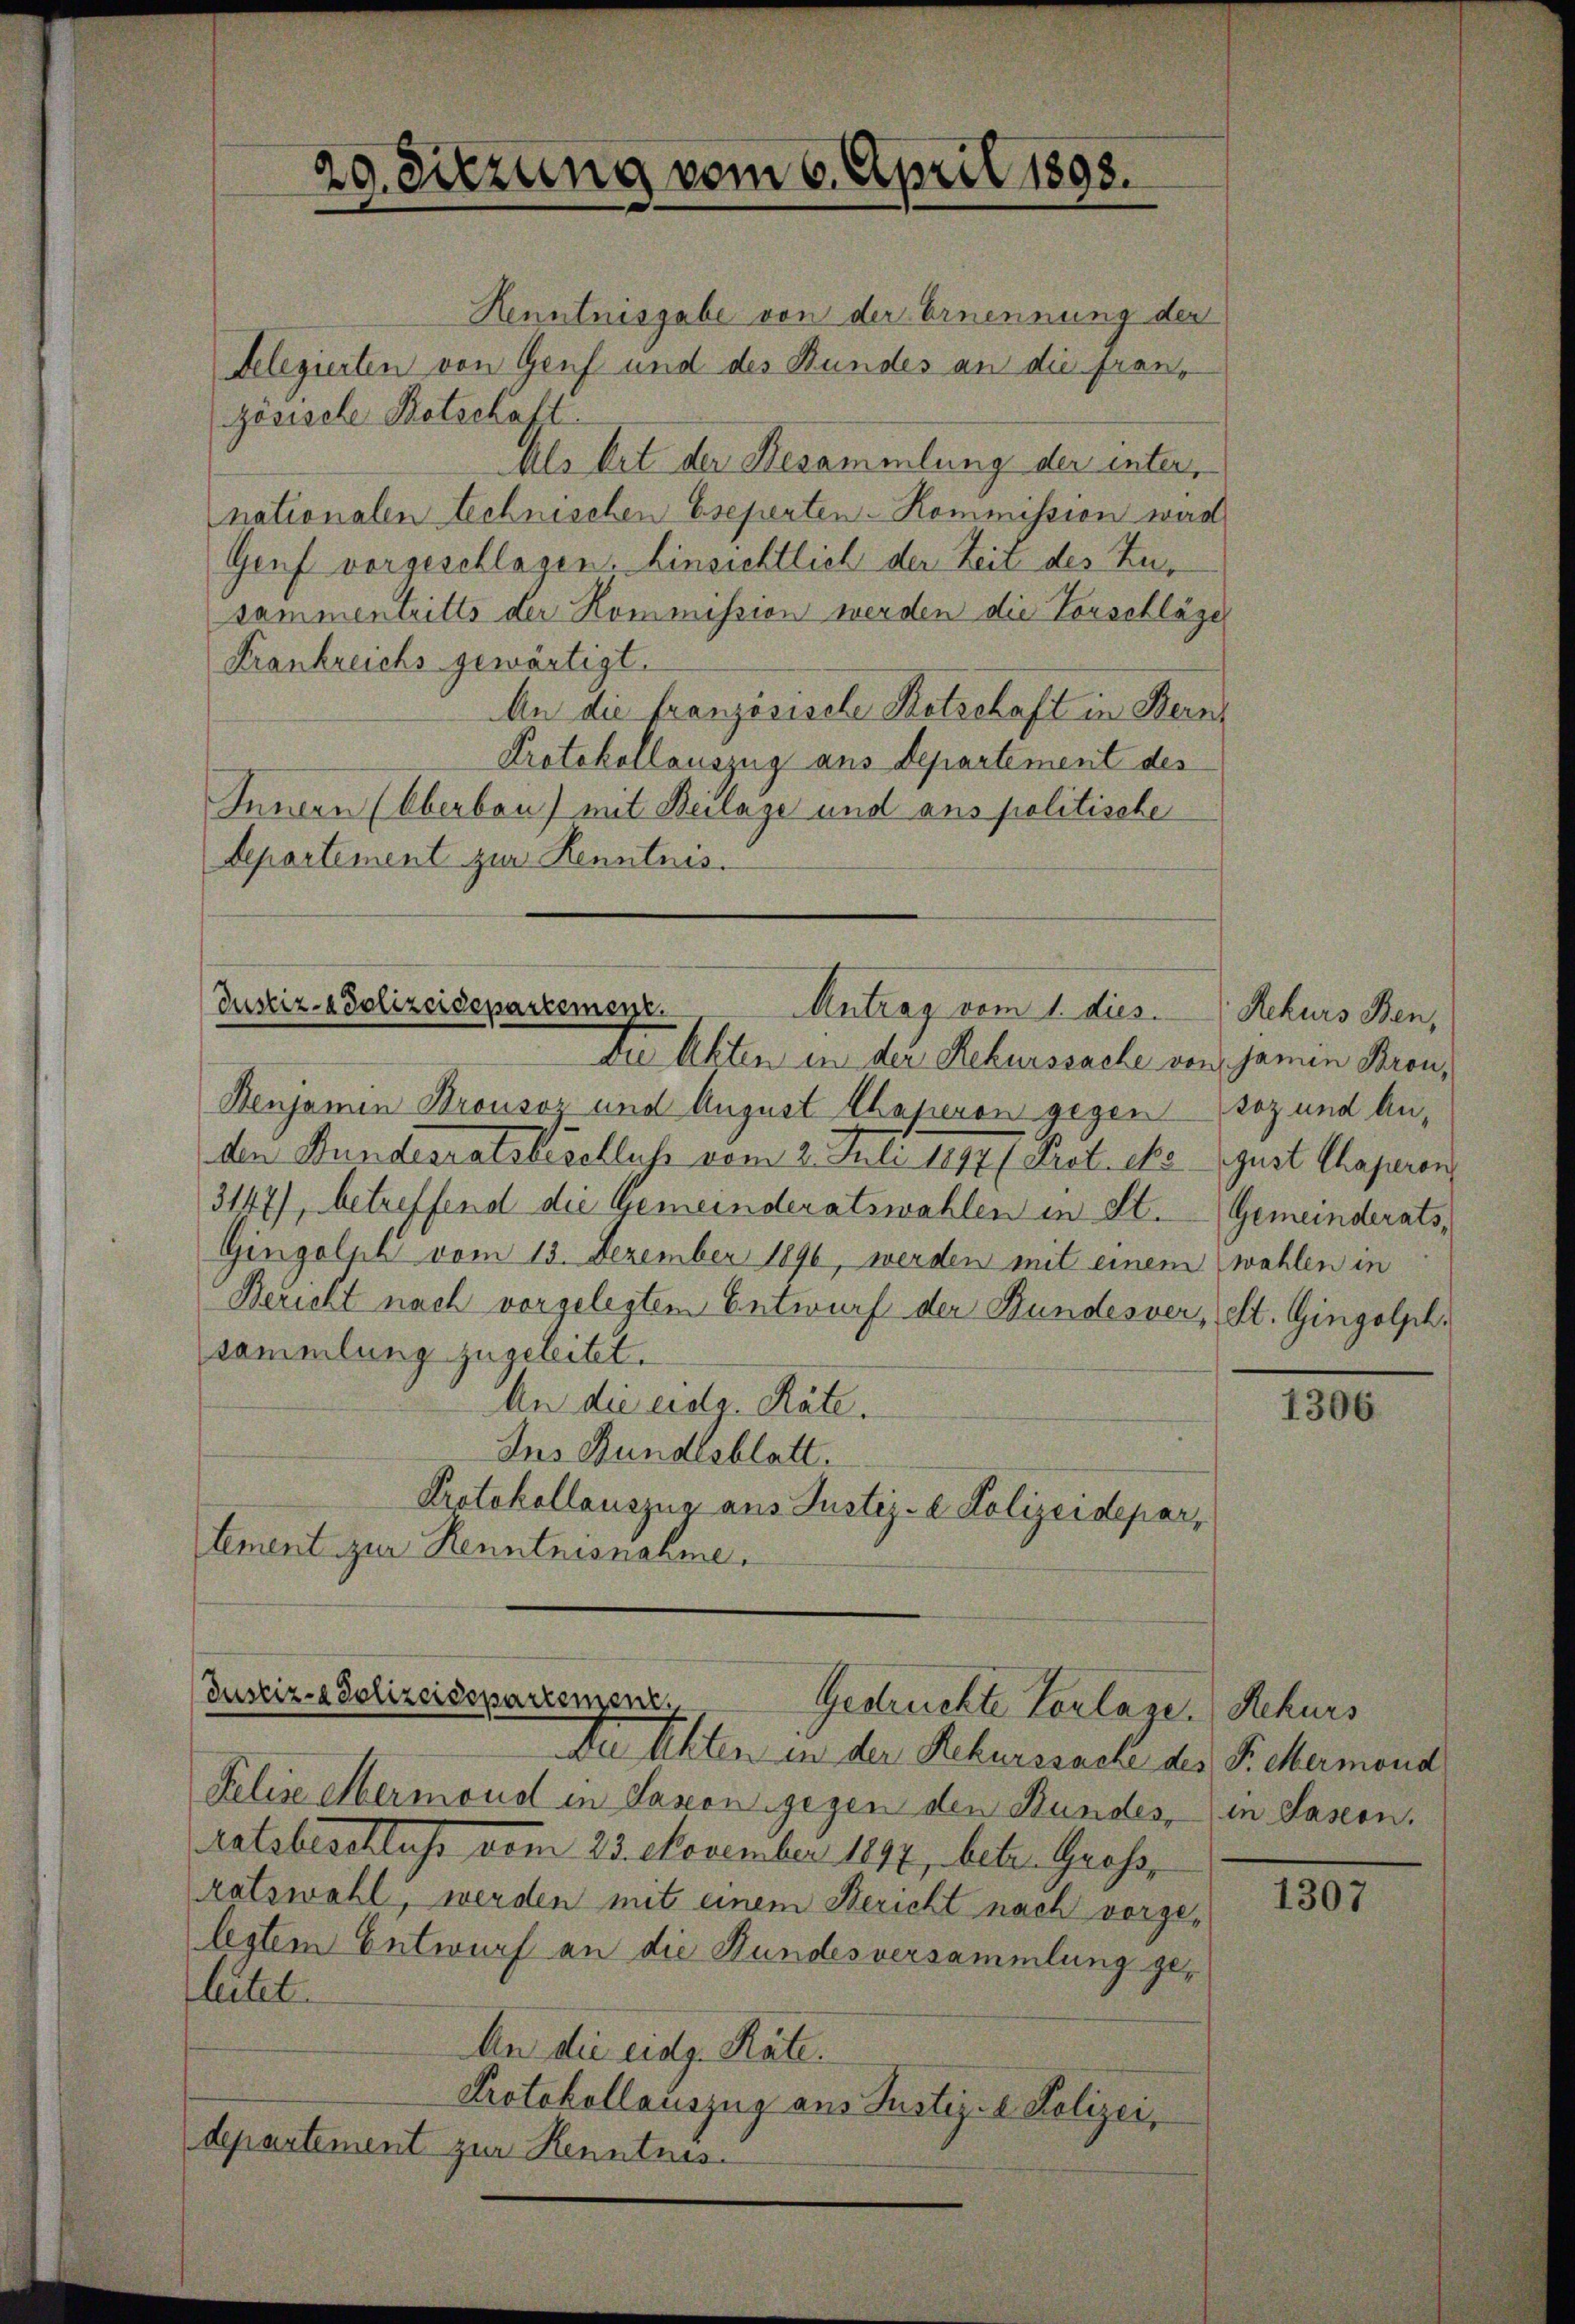
29. Sitzung vom 6. April 1898.

Henntnisgabe von der Ernennung der
Telegierten von Genf und des Bundes an die fran-
zösische Botschaft.
Als Mit der Besammlung der inter,
nationalen technischen Eseperten-Kommission wird
Genf vorgeschlagen. Einsichtlich der Zeit des Zur
sammentritts der Kommission werden die Vorschläger
Frankreichs gewärtigt.
An die französische Kotschaft in Bern
Protokollauszug aus Departement des
Innern (Oberbau) mit Beilage und ans politische
Separtement zur Kenntnis.

Justiz- & Polizeidepartement.
Antrag vom 1. dies
Du Akten in der Rekurssache von Jamin Bronz

Benjamin Brousoz und August Chaperon gegen daz und Anden Bunderratsbeschluß vom 2. Juli 1891 (Prot. cts. gust Chaperen
3147), betreffend die Gemeinderatswahlen in St. Gemeinderats,
Gingolph vom 13. Dezember 1890, werden mit einem wahlen in
Bericht nach vorgelegtem Entwurf der Bundesver, St. Gingolphi
sammlung zugeleitet.
An die eidg. Räte.
Ins Bundesblatt.
Protokollauszug aus Justiz- & Polizeideparlement zur Renntnisnahme.

Justiz- & Polizeisepartement,
Gedruckte Vorlage. Rekurs
Au testen in der Rekurssache des P. Marmond

Felise Mermond in Saxon gegen den Stundes,
Ratsbeschluss vom 23. November 1897, betr. Gross,
ratswahl, werden mit einem Bericht nach vorgelegtem Entwurf an die Hundesversammlung geleitet
An die eidg. Räte.
Protokollauszug aus Justiz- & Polizei,
departement zur Kenntnis

Rekurs Ben,

1306

in Jasern.

1307